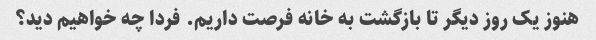
هنوز یک روز دیگر تا بازگشت به خانه فرصت داریم. فردا چه خواهیم دید؟